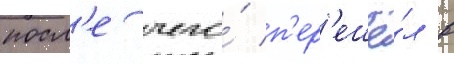
посл'е чего́ п'ер'ешё́л в